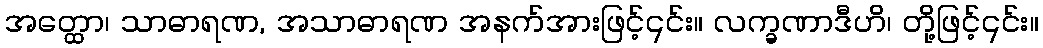
အတ္ထော၊ သာဓာရဏ, အသာဓာရဏ အနက်အားဖြင့်၎င်း။ လက္ခဏာဒီဟိ၊ တို့ဖြင့်၎င်း။